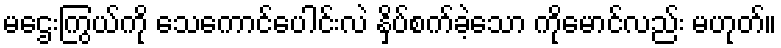
မဌေးကြွယ်ကို သေကောင်ပေါင်းလဲ နှိပ်စက်ခဲ့သော ကိုမောင်လည်း မဟုတ်။